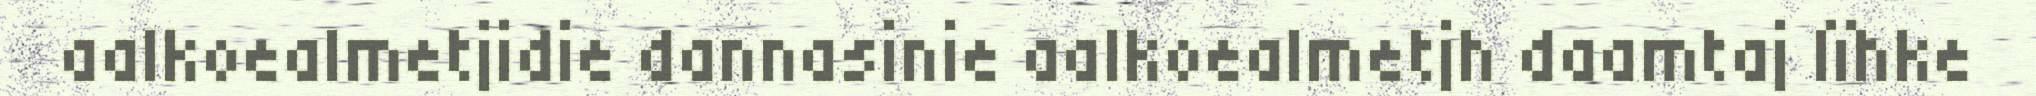
aalkoealmetjidie dannasinie aalkoealmetjh daamtaj lïhke